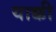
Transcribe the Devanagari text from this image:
याक्की